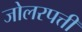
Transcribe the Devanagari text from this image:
जोलरपत्ती